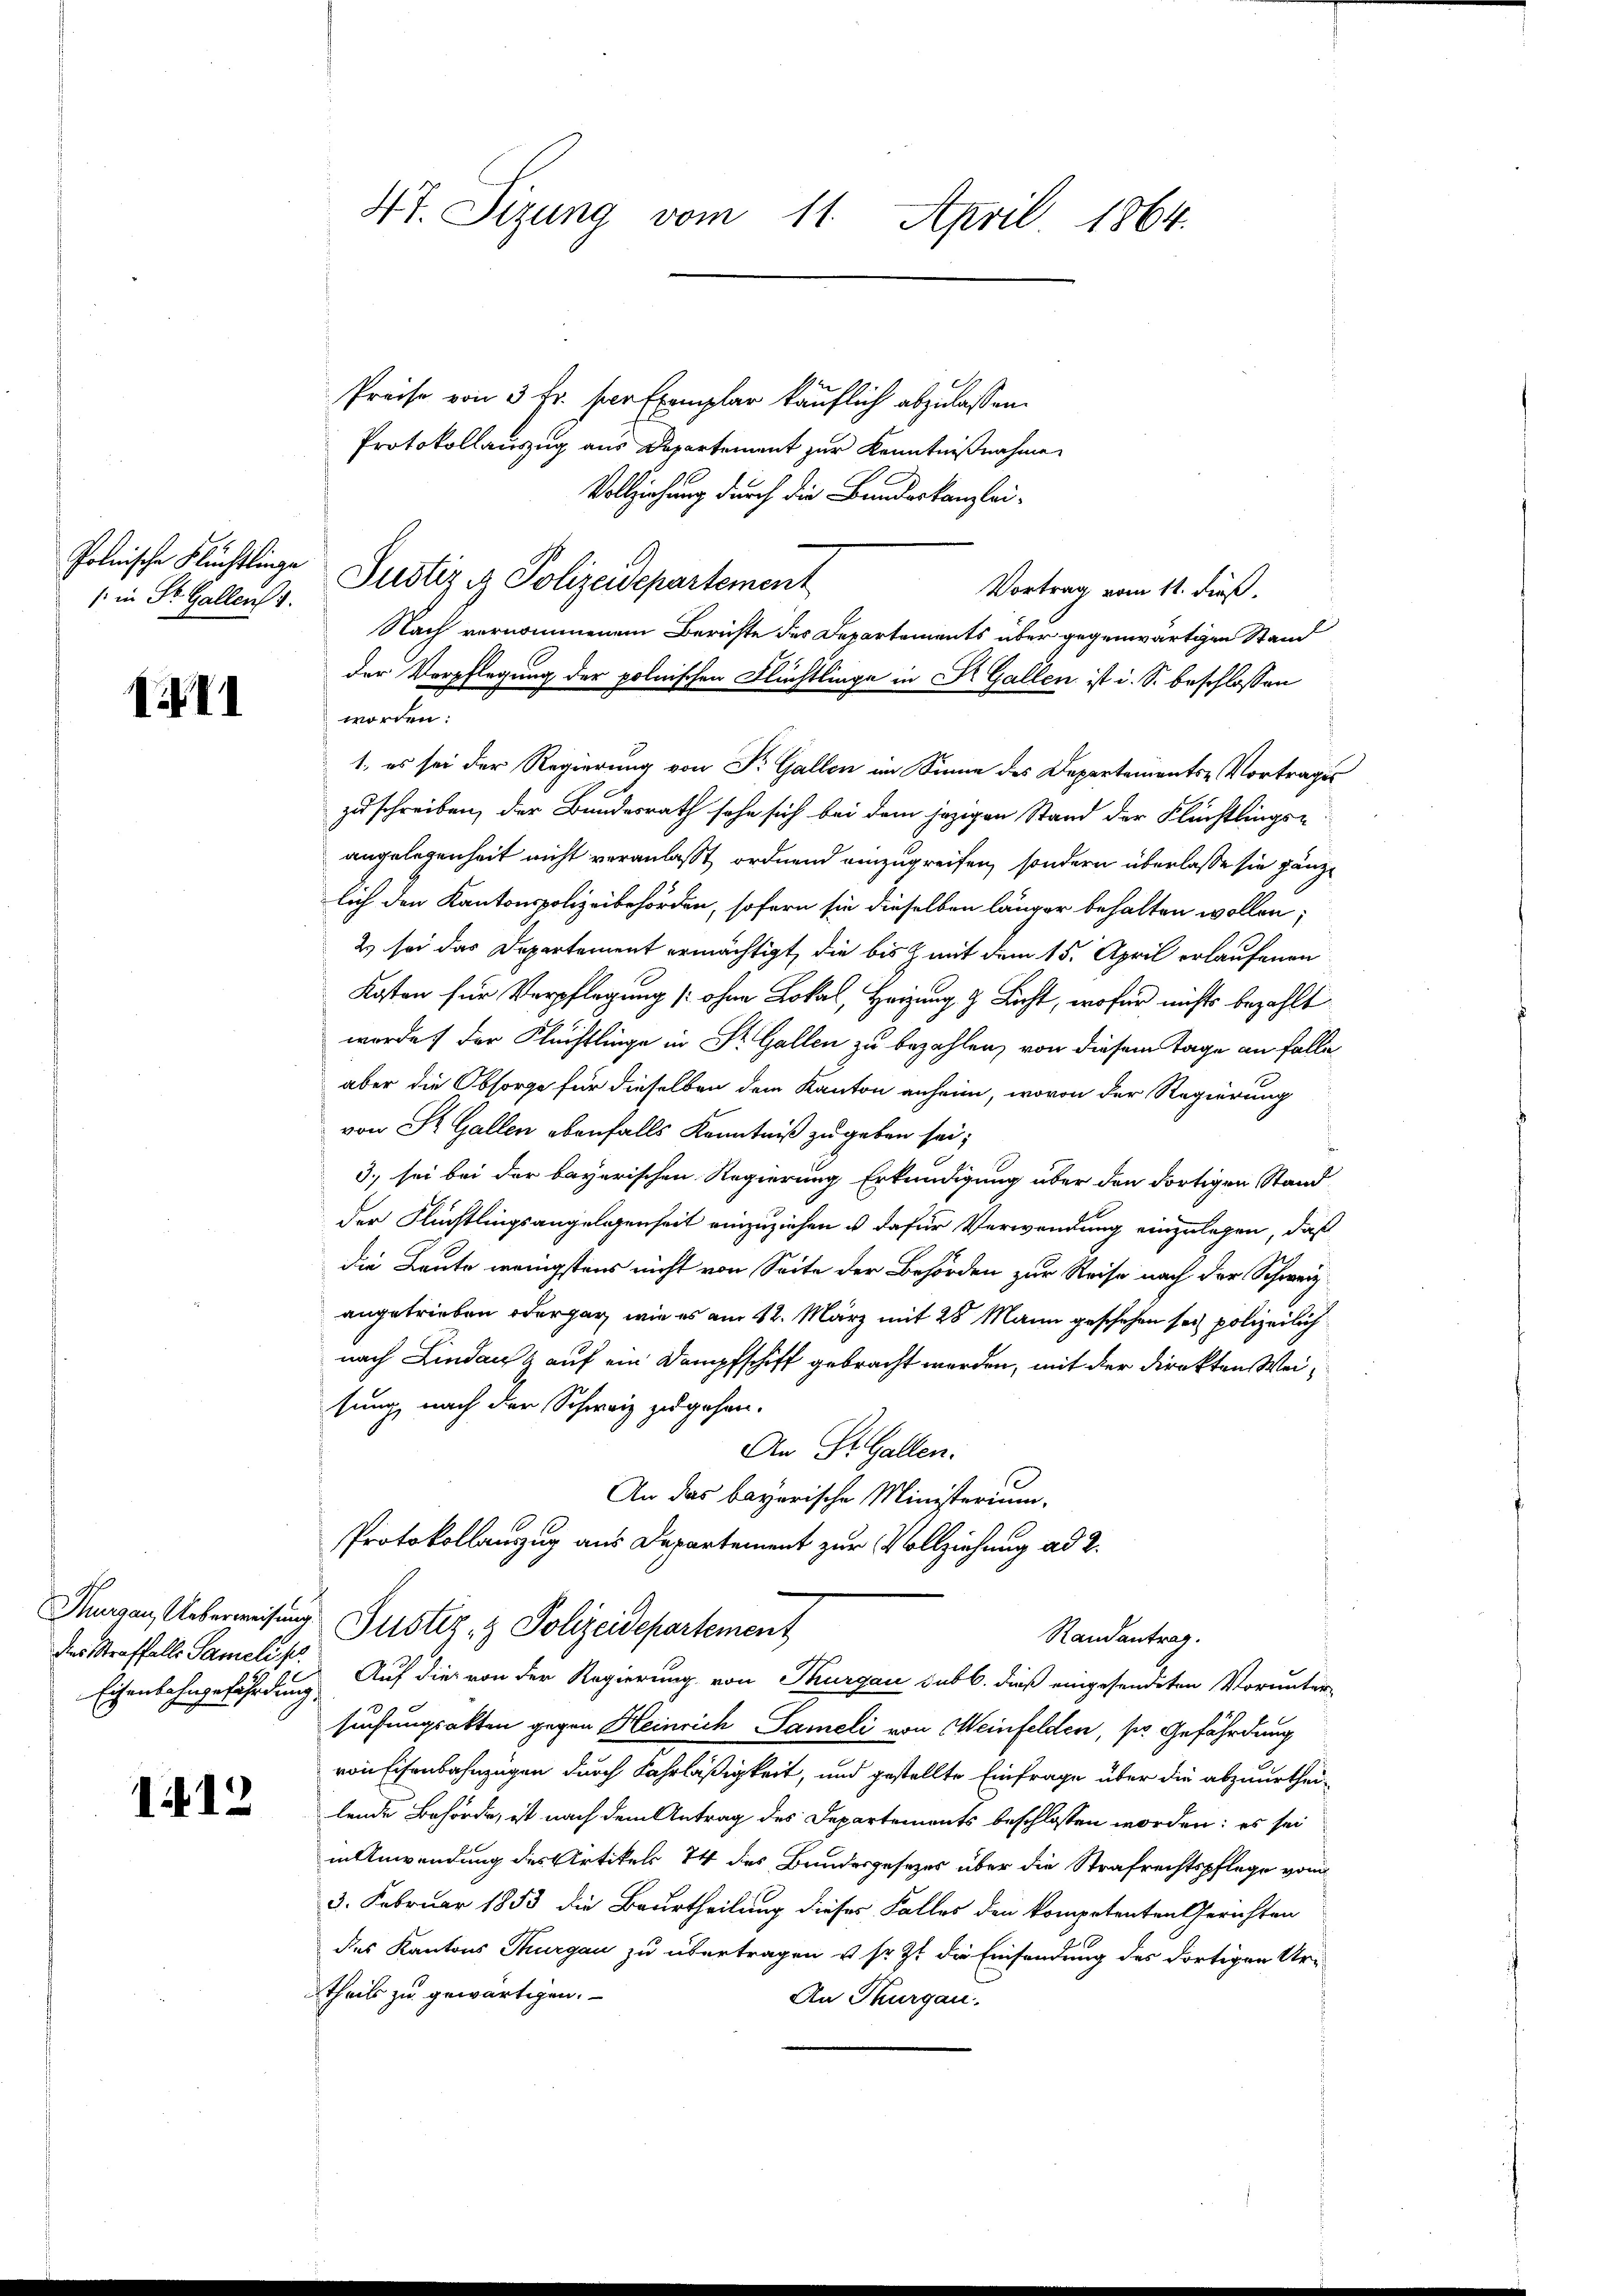
Polnische Flüchtlinge
/ in St. Gallen 1.

XII

des Straffalls Sameli ses

1412

Preise von 3 Fr. für Exemplar käuflich abzulassen.
Protokollauszug aus Departement zur Kenntnißnahme
Vollziehung durch die Bandeskanzlei-
Vortrag vom 11. dieß.
Nach vernommenem Berichte des Departements über gegenwärtigen Stand
der Verpflegung der polnischen Flüchtlinge in R. Gallen ist d. S. beschlossen
worden:
zuschreiben, der Bundesrath sehe sich bei dem jezigen Stand der Flüchtlings-
angelegenheit nicht veranlaßt, ordnend einzugreifen, sondern überlasse sie gänzlich den Kantonspolizeibehörden, sofern sie dieselben länger behalten wollen;
2) sei das Departement ermächtigt, die bis & mit dem 15. April erlaufenen
Kosten für Verpflegung [ohne Lokal, Heizung & Licht, wofür nichts bezahlt
wurde der Flüchtlinge in St. Gallen zu bezahlen, von diesem Tage an falle
aber die Obsorge für dieselben dem Kanton anheim, wovon der Regierung
von St. Gallen ebenfalls Kenntniß zu geben sei;
3.) sei bei der bayerischen Regierung Erkundigung über den dortigen Stand
der Flüchtlingsangelegenheit einzuziehen u dafür Verwendung einzulegen, daß
die Leute wenigstens nicht von Seite der Behörden zur Reise nach der Schweiz.
angetrieben oder gar wie es am 12. März mit 28 Mann geschehen sei polizeilich
nach Lindau & auf ein Dampfschiff gebracht worden, mit der Direkten Weisung, nach der Schweiz zugehen.
An St. Gallen.
An das bayerische Ministerium,
Protokollauszug aus Departement zur Vollziehung ad 2.
Thurgau, Ueberweisung Justiz- & Polizeidepartement
Randantrag.
Eisenbahngefährdung. Auf die von der Regierung von Thurgau sub b. dieß eingesendeten Vorunter-
suchungsakten gegen Heinrich Sameli von Meinfelden, so Gefährdung
von Eisenbahnzügen durch Fahrläßigkeit, und gestellte Einfrage über die abzuurtheilende Behörde, ist nach dem Antrag des Departements beschlossen worden: es sei
in Anwendung des Artikels 74 des Bundesgesezes über die Strafrechtspflege von
3. Februar 1853 die Beurtheilung dieses Falles den kompetenten Gerichten
des Kantons Thurgau zu übertragen u. sr. Zt. die Einsendung des dortigen Ur-
theils zu gewärtigen.
An Thurgau.

4t. Sizung vom 11. April 1864.

Justiz & Polizeidepartement

1, es sei der Regierung von St. Gallen im Sinne des Departements-Vortrages